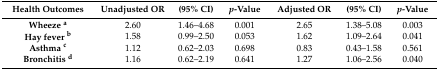
<table><thead><tr><td><b>Health Outcomes</b></td><td><b>Unadjusted OR</b></td><td><b>(95% CI)</b></td><td><b><i>p</i>-Value</b></td><td><b>Adjusted OR</b></td><td><b>(95% CI)</b></td><td><b><i>p</i>-Value</b></td></tr></thead><tbody><tr><td><b>Wheeze <sup>a</sup></b></td><td>2.60</td><td>1.46–4.68</td><td>0.001</td><td>2.65</td><td>1.38–5.08</td><td>0.003</td></tr><tr><td><b>Hay fever <sup>b</sup></b></td><td>1.58</td><td>0.99–2.50</td><td>0.053</td><td>1.62</td><td>1.09–2.64</td><td>0.041</td></tr><tr><td><b>Asthma <sup>c</sup></b></td><td>1.12</td><td>0.62–2.03</td><td>0.698</td><td>0.83</td><td>0.43–1.58</td><td>0.561</td></tr><tr><td><b>Bronchitis <sup>d</sup></b></td><td>1.16</td><td>0.62–2.19</td><td>0.641</td><td>1.27</td><td>1.06–2.56</td><td>0.040</td></tr></tbody></table>